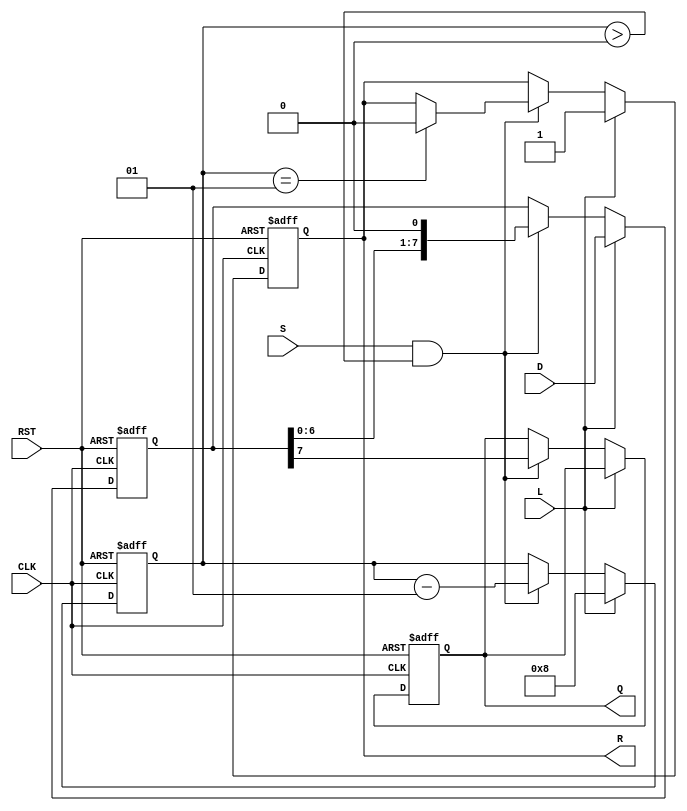
module PISO_Register #(
    parameter WIDTH = 8  // Parameter to define the width of the register
)(
    input wire [WIDTH-1:0] D,    // Data inputs
    input wire L,                 // Load control signal
    input wire S,                 // Shift control signal
    input wire CLK,               // Clock signal
    input wire RST,               // Asynchronous reset signal
    output reg Q,                 // Serial output
    output reg R                  // Ready signal
);

    reg [WIDTH-1:0] R_reg;        // Internal register to hold data
    integer shift_count;           // Counter for shifting bits

    always @(posedge CLK or posedge RST) begin
        if (RST) begin
            R_reg <= 0;            // Clear the register on reset
            Q <= 0;                // Clear the serial output
            R <= 0;                // Clear the ready signal
            shift_count <= 0;      // Reset shift counter
        end else begin
            if (L) begin
                R_reg <= D;        // Load data into the register
                shift_count <= WIDTH; // Set shift count to the width of the register
                R <= 1;            // Indicate that the register is ready to shift
            end else if (S && shift_count > 0) begin
                Q <= R_reg[WIDTH-1]; // Shift out the MSB
                R_reg <= {R_reg[WIDTH-2:0], 1'b0}; // Shift left
                shift_count <= shift_count - 1; // Decrement shift count
                if (shift_count == 1) begin
                    R <= 0;        // Clear ready signal when done shifting
                end
            end
        end
    end

endmodule